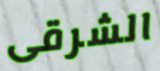
الشرقى